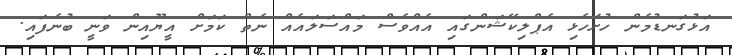
އަޅުގަނޑުމެން ހުށަހެޅި އެޕްލިކޭޝަންގައި އެއްވެސް މައްސަލައެއް ނެތް ކަމަށް އީޔޫއިން ވަނީ ބުނެފައި.